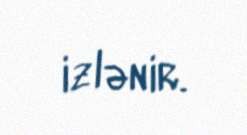
izlənir.